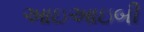
આઇઆઇબી